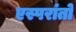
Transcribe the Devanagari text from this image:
एस्परांतो